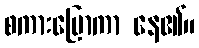
စကားပြောကာ နေ၏။